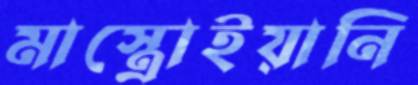
মাস্ত্রোইয়ানি